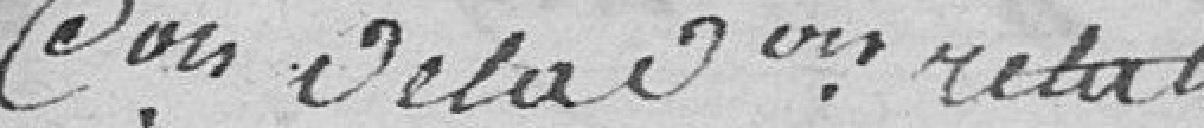
C(onstatati)on de la d(énonciati)on relative